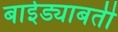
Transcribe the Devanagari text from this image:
बाईड्याबती